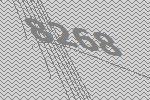
8268